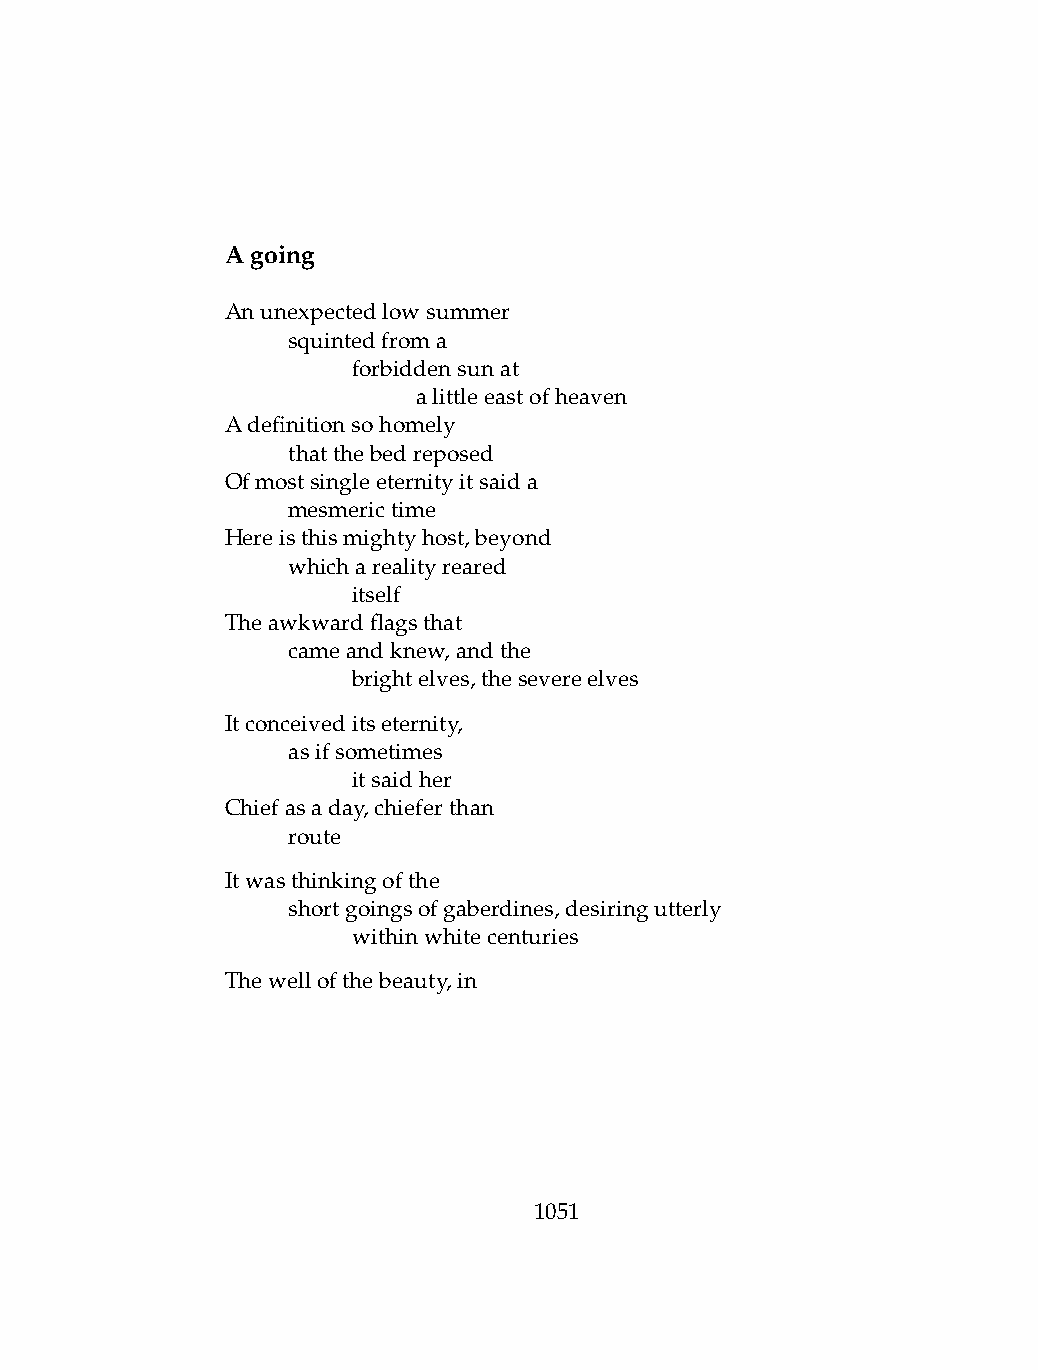
Agoing
 Anunexpectedlowsummer
 .   squintedfroma
 .   .   forbiddensunat
 .   .   .    alittleeastofheaven
 Adefinitionsohomely
 .   thatthebedreposed
 Ofmostsingleeternityitsaida
 .   mesmerictime
 Hereisthismightyhost,beyond
 .   whicharealityreared
 .   .   itself
 Theawkwardflagsthat
 .   cameandknew,andthe
 .   .   brightelves,thesevereelves
 Itconceiveditseternity,
 .   asifsometimes
 .   .   itsaidher
 Chiefasaday,chieferthan
 .   route
 Itwasthinkingofthe
 .   shortgoingsofgaberdines,desiringutterly
 .   .   withinwhitecenturies
 Thewellofthebeauty,in
 1051